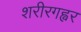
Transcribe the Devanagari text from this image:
शरीरगह्वर